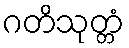
ဂတိသုတ္တံ